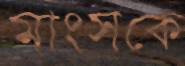
মাংসকে